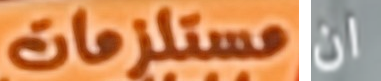
مستلزمات ان